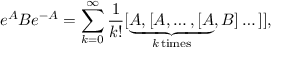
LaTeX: e ^ { A } B e ^ { - A } = \sum _ { k = 0 } ^ { \infty } { \frac { 1 } { k ! } } [ \underbrace { A , [ A , \dots , [ A } _ { k \, { \mathrm { t i m e s } } } , B ] \dots ] ] ,